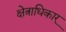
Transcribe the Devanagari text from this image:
क्षेत्राधिकार्